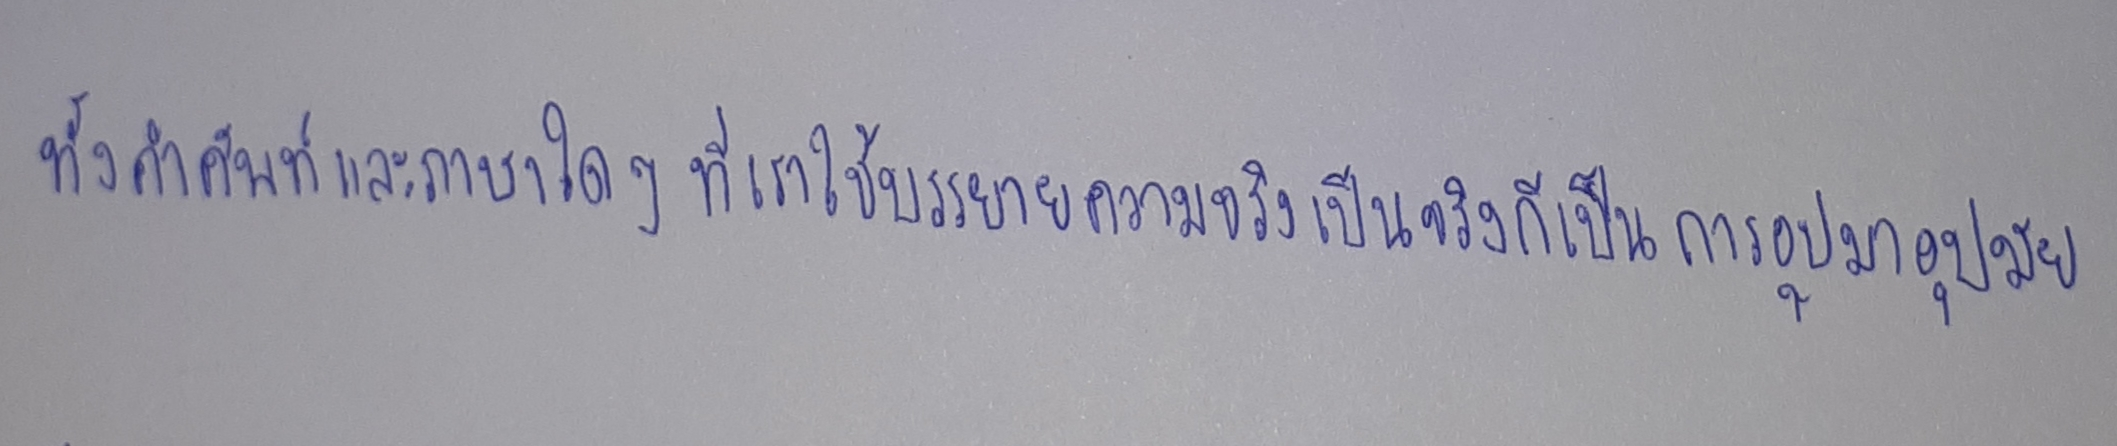
ทั้งคำศัพท์และภาษาใดๆที่เราใช้บรรยายความเป็นจริงก็เป็นการอุปมาอุปมัย